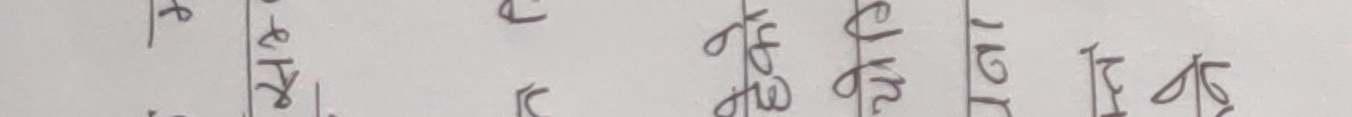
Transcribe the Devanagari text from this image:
फ ड ट ठ त
ल च क ध न
ख र क ष म
ष य ग द ब
प र त व भ